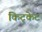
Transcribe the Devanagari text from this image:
किट्केट